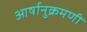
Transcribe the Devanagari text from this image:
आर्षानुक्रमणी